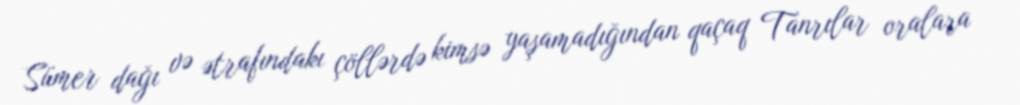
Sümer dağı və ətrafındakı çöllərdə kimsə yaşamadığından qaçaq Tanrılar oralara